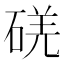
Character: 𥓌